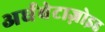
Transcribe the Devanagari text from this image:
अर्धबेटाज़ोइड